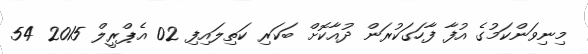
މިނިވަންކަމުގެ އުފާ ފާހަގަކުރަން ދުއާކޮށް ބަކަރި ކަތިލައިފި 02 އެޕްރީލް 2015 54